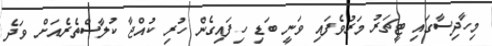
މިހާދިސާގައި ޓީޗަރު މަރުވެފައި ވަނީ ބަޑި ހިފައިގެން ހުރި ކުއްޖާ ކުލާސްތެރެއަށް ވަދެ